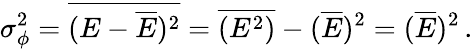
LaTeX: \sigma_{\phi}^{2}=\overline{{(E-\overline{{E}})^{2}}}=\overline{{(E^{2})}}-(\overline{{E}})^{2}=(\overline{{E}})^{2}\, .